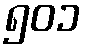
၅၀၁